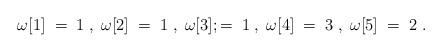
LaTeX: \begin{align*}\omega [1] \;=\; 1 \;,\; \omega [2] \;=\; 1 \;,\;\omega [3] ;=\; 1 \;,\; \omega [4] \;=\; 3 \;,\;\omega [5] \;=\; 2 \;.\end{align*}